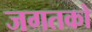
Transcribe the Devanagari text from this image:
जगतको